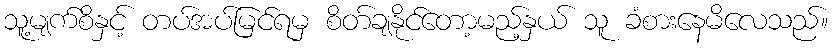
သူ့မျက်စိနှင့် တပ်အပ်မြင်ရမှ စိတ်ချနိုင်တော့မည့်နှယ် သူ ခံစားနေမိလေသည်။